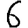
Digit: 6